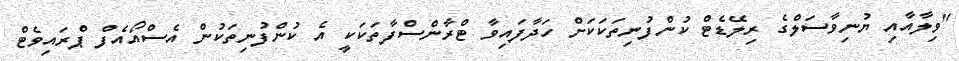
"ވިލާއާއި ޔުނިވާސަލްގެ ރިލޭޑެޓް ކުންފުނިތަކަކަށް ހަދާފައިވާ ޓްރާންސްފާތަކަކީ އެ ކުންފުނިތަކުން އެސްއޯއެފް ޕްރައިވެޓް